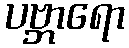
ပဗ္ဘာရော